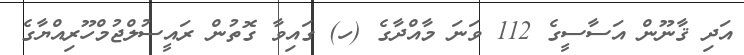
އަދި ޤާނޫން އަސާސީގެ 112 ވަނަ މާއްދާގެ (ހ) ގައިވާ ގޮތުން ރައީސުލްޖުމްހޫރިއްޔާގެ